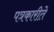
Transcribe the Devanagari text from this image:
पत्रकारीते